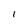
Character: l